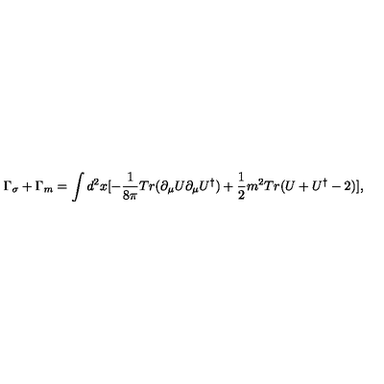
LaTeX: \Gamma _ { \sigma } + \Gamma _ { m } = \int d ^ { 2 } x [ - \frac { 1 } { 8 \pi } T r ( \partial _ { \mu } U \partial _ { \mu } U ^ { \dag } ) + \frac { 1 } { 2 } m ^ { 2 } T r ( U + U ^ { \dag } - 2 ) ] ,